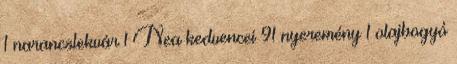
1 narancslekvár 1 Nea kedvencei 91 nyeremény 1 olajbogyó